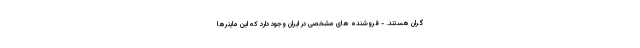
گران هستند. - فروشنده های مشخصی در ایران وجود دارد که این ماینرها